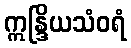
ဣန္ဒြိယသံဝရံ